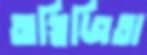
অগ্নিজিতা